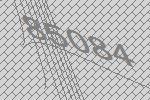
85084